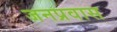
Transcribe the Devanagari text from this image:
जनप्रवास